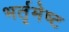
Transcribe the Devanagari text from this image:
भर्तृमेष्ट